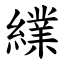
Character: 䌜